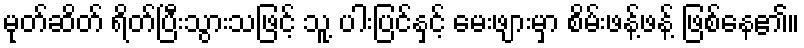
မုတ်ဆိတ် ရိတ်ပြီးသွားသဖြင့် သူ့ ပါးပြင်နှင့် မေးဖျားမှာ စိမ်းဖန့်ဖန့် ဖြစ်နေ၏။